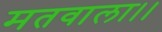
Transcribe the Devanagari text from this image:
मतवाला।।